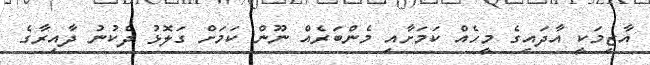
އާޒިމަކީ އާދައިގެ މީހެއް ކަމަށާއި މެންބަރެއް ނޫން ކަމަށް ގަލޮޅު ދެކުނު ދާއިރާގެ